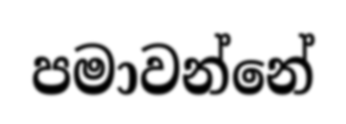
පමාවන්නේ